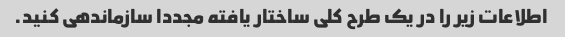
اطلاعات زیر را در یک طرح کلی ساختار یافته مجددا سازماندهی کنید.